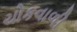
ચોકવાળી